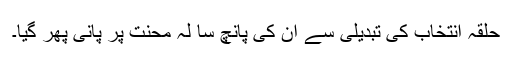
حلقۂ انتخاب کی تبدیلی سے ان کی پانچ سا لہ محنت پر پانی پھر گیا۔